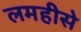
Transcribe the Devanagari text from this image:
लमहीसे